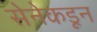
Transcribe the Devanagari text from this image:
सेनेकडून